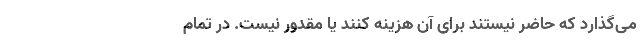
می‌گذارد که حاضر نیستند برای آن هزینه کنند یا مقدور نیست. در تمام